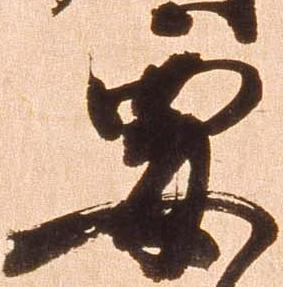
要